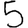
Digit: 5